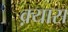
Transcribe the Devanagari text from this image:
क़्यास